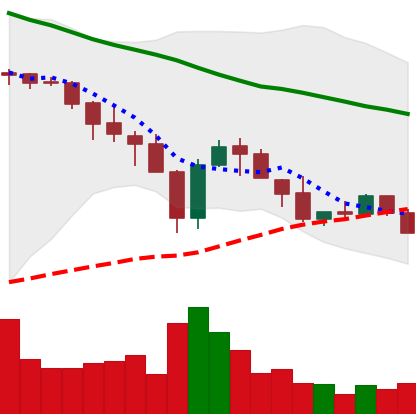
Ticker: XLM-USD
Chart end date: 2018-05-22
Forward return: -8.206%
Label: down_7plus